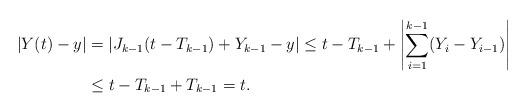
LaTeX: \begin{align*} |Y(t) - y| & = \left| J_{k-1} (t - T_{k-1}) + Y_{k-1} - y \right| \leq t - T_{k-1} + \left| \sum_{i=1}^{k-1} (Y_i - Y_{i-1}) \right| \\& \leq t- T_{k-1} + T_{k-1} = t.\end{align*}